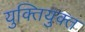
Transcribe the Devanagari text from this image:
युक्‍ितयुक्‍त